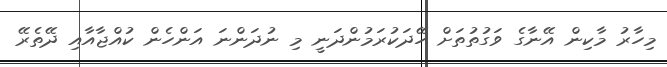
މިހާރު މާކިން އޭނާގެ ވަގުތުތަށް ހޭދަކުރަމުންދަނީ މި ނުދަންނަ އަންހެން ކުއްޖާއާއި ދޭތެރޭ